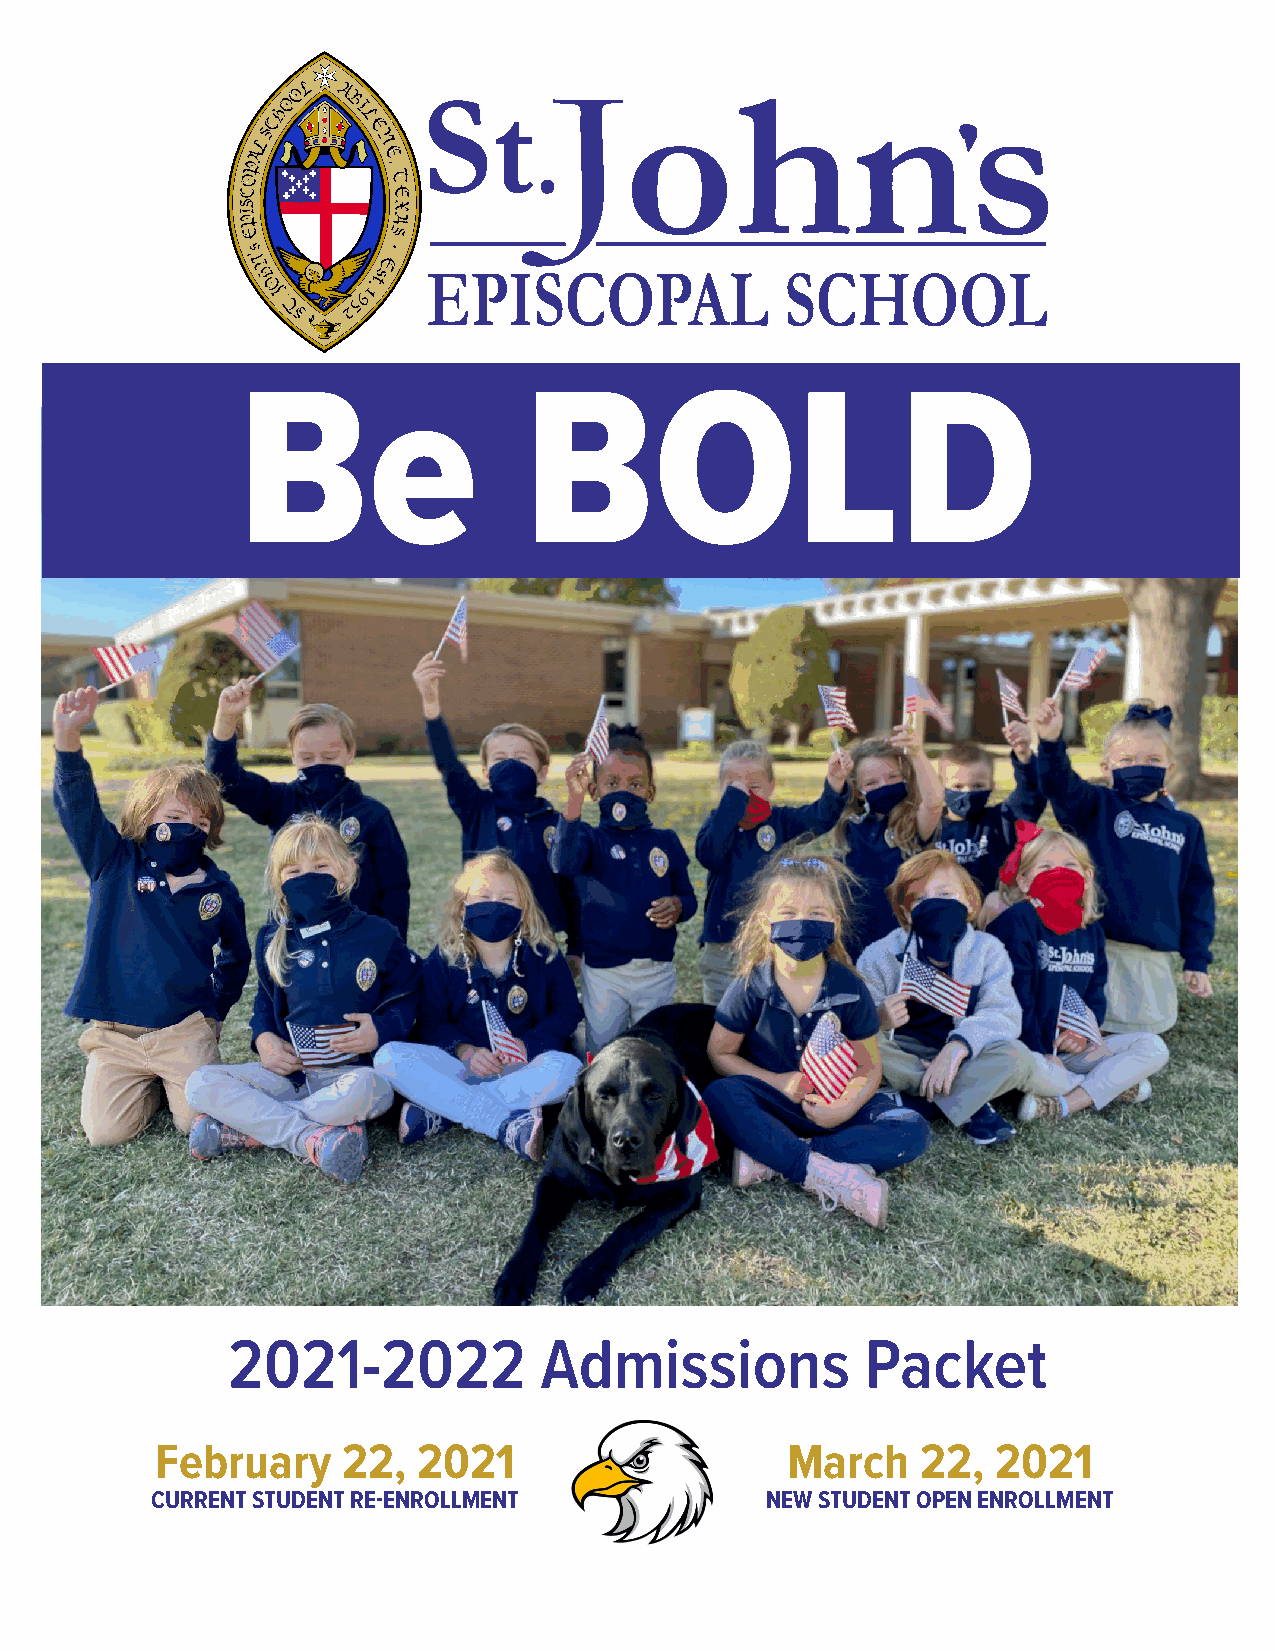
Be                 BOLD
 2021-2022            Admissions           Packet
 February     22,  2021                    March    22,  2021
 CURRENT STUDENT RE-ENROLLMENT            NEW STUDENT OPEN ENROLLMENT